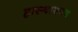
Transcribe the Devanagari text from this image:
हास्यासपद